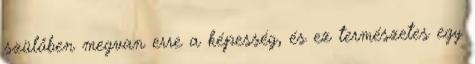
szülőben megvan erre a képesség, és ez természetes egy